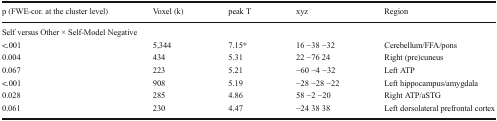
<table><thead><tr><td><b>p (FWE-cor. at the cluster level)</b></td><td><b>Voxel (k)</b></td><td><b>peak T</b></td><td><b>xyz</b></td><td><b>Region</b></td></tr></thead><tbody><tr><td colspan="5">Self versus Other × Self-Model Negative</td></tr><tr><td>&lt;.001</td><td>5,344</td><td>7.15*</td><td>16 −38 −32</td><td>Cerebellum/FFA/pons</td></tr><tr><td>0.004</td><td>434</td><td>5.31</td><td>22 −76 24</td><td>Right (pre)cuneus</td></tr><tr><td>0.067</td><td>223</td><td>5.21</td><td>−60 −4 −32</td><td>Left ATP</td></tr><tr><td>&lt;.001</td><td>908</td><td>5.19</td><td>−28 −28 −22</td><td>Left hippocampus/amygdala</td></tr><tr><td>0.028</td><td>285</td><td>4.86</td><td>58 −2 −20</td><td>Right ATP/aSTG</td></tr><tr><td>0.061</td><td>230</td><td>4.47</td><td>−24 38 38</td><td>Left dorsolateral prefrontal cortex</td></tr></tbody></table>